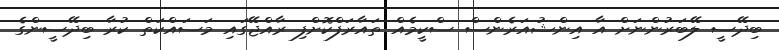
ބިދޭސީ ލޭބަރުންނަށް އާ އިންޝުއަރެންސް ސްކީމެއް ތައާރަފްކޮށްފި ރާއްޖޭގައި މަސައްކަތް ކުރާ ބިދޭސީންގެ